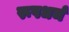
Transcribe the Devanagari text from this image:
रूपधर्म